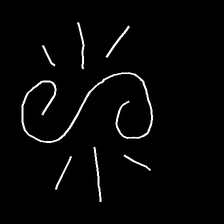
Glyph: wind-directs-air